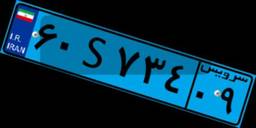
۶۰S۷۳۴۰۹